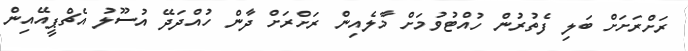
ރަށްރަށަށް ބަލި ފެތުރުން ހުއްޓުވުމަށް މާލެއިން ރަށްރަށް ދާން ހުއްދަދޭ އުސޫލު އެޗްޕީއޭއިން